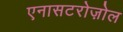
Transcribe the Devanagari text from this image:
एनासटरोज़ोल